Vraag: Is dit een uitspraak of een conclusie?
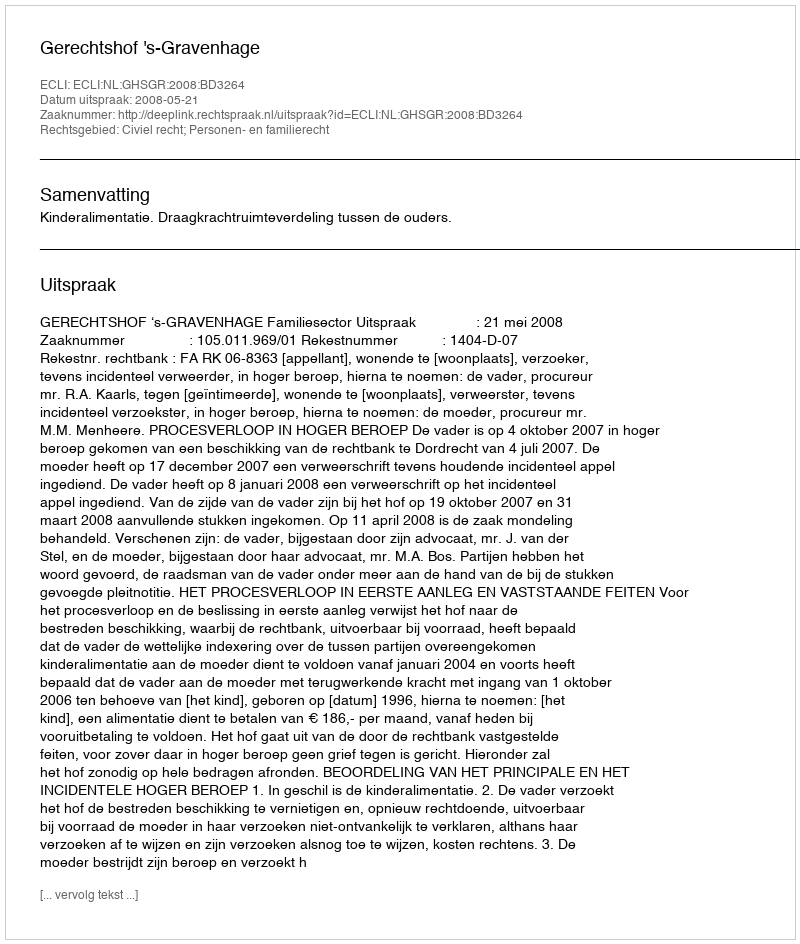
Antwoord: Uitspraak